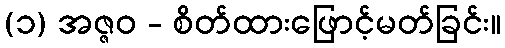
(၁) အဇ္ဇဝ - စိတ်ထားဖြောင့်မတ်ခြင်း။